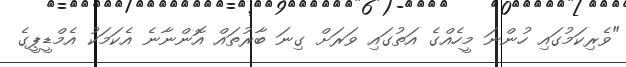
"ވެރިކަމުގައި ހުންނަ މީހެއްގެ އަތުގައި ވަރަށް ގިނަ ބާރުތައް އޮންނާނެ އެކަމަކު އެމްޑީޕީގެ